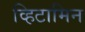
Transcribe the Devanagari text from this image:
व्हिटामिन